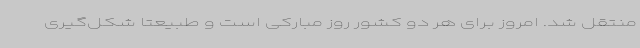
منتقل شد. امروز برای هر دو کشور روز مبارکی است و طبیعتا شکل‌گیری